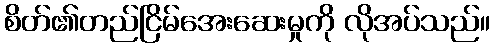
စိတ်၏တည်ငြိမ်အေးဆေးမှုကို လိုအပ်သည်။